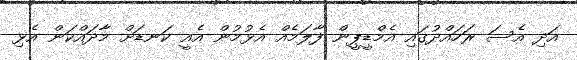
އަދި އެސަ ރަހައްދުގައި އެމްޑީޕީން ފާލަމެއް އެޅުމުން އެއީ ކަނޑަށް މާދައްކަން އެޅި